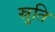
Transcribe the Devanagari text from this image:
स्रुति